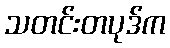
သတင်းတပုဒ်က